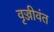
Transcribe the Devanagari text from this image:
वृज्जीवंत